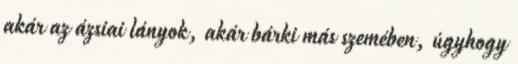
akár az ázsiai lányok, akár bárki más szemében, úgyhogy